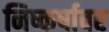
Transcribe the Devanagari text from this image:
निष्कर्षावर